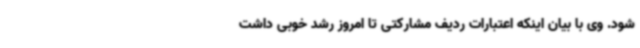
شود. وی با بیان اینکه اعتبارات ردیف مشارکتی تا امروز رشد خوبی داشت